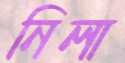
নিলা